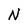
Character: N